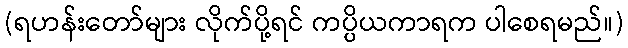
(ရဟန်းတော်များ လိုက်ပို့ရင် ကပ္ပိယကာရက ပါစေရမည်။)